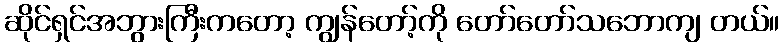
ဆိုင်ရှင်အဘွားကြီးကတော့ ကျွန်တော့်ကို တော်တော်သဘောကျ တယ်။